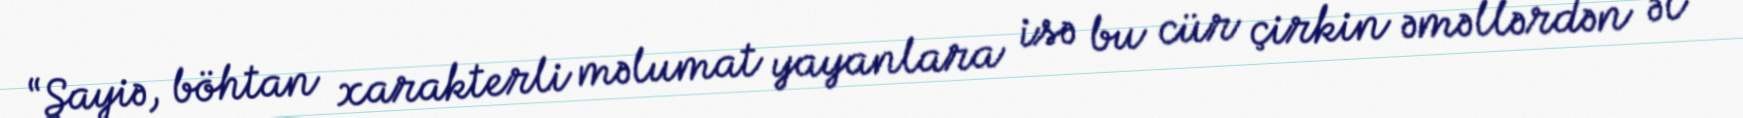
“Şayiə, böhtan xarakterli məlumat yayanlara isə bu cür çirkin əməllərdən əl